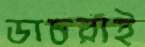
ডাচরাই